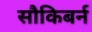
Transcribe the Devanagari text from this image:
सौकिबर्न